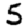
Digit: 5